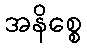
အနိစ္စေ